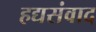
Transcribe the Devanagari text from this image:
हद्यसंवाद